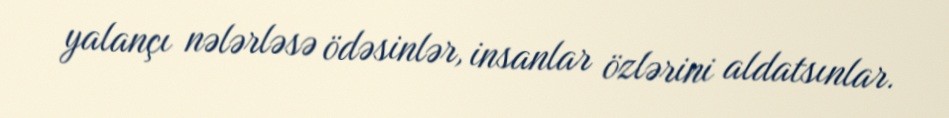
yalançı nələrləsə ödəsinlər, insanlar özlərini aldatsınlar.